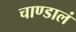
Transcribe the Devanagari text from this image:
चाण्डालं